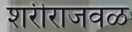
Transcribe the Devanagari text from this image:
शरीराजवळ